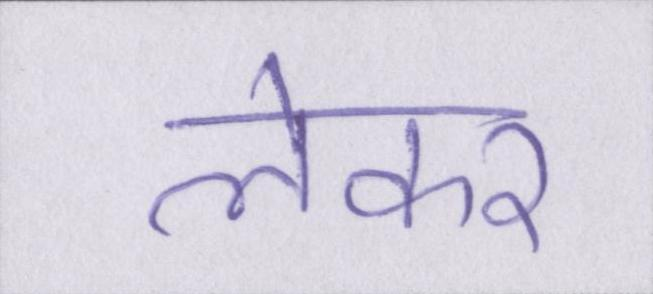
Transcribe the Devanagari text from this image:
लेकर